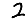
Digit: 2